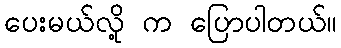
ပေးမယ်လို့ က ပြောပါတယ်။